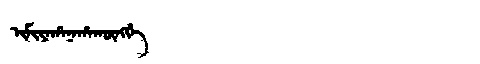
Manchu: ᡳᠮᡳᠶᠠᡥᠠᠨᠠᡥᠠᡴᡡᠩᡤᡝ
Romanization: IMIYAHANAHAKŪNGGE